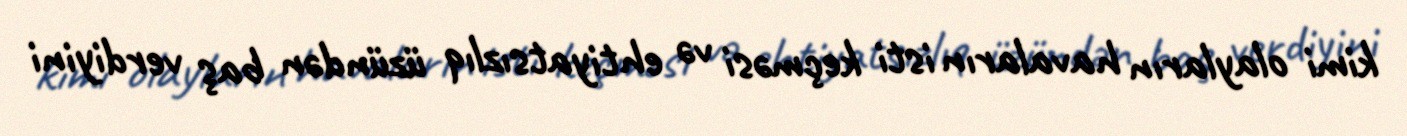
kimi olayların havaların isti keçməsi və ehtiyatsızlıq üzündən baş verdiyini